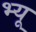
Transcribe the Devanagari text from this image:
भ्यू